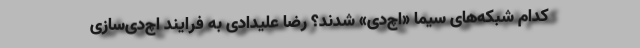
کدام شبکه‌های سیما «اچ‌دی» شدند؟ رضا علیدادی به فرایند اچ‌دی‌سازی